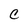
Character: C